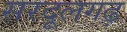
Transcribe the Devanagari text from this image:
सरदूलगढ़